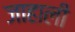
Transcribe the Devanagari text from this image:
जाहाली